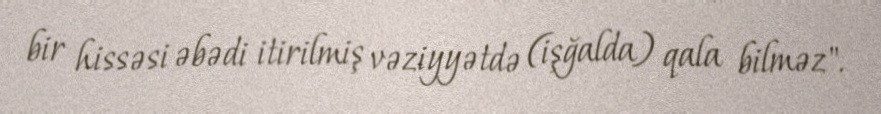
bir hissəsi əbədi itirilmiş vəziyyətdə (işğalda) qala bilməz".